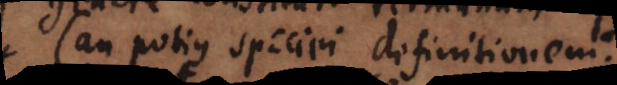
(an potius speciei definitionem?)